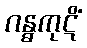
ဂန္ဓကုဋိံ